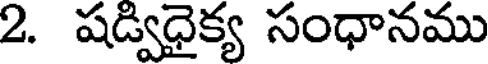
2. షడ్విధైక్య సంధానము